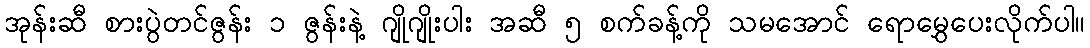
အုန်းဆီ စားပွဲတင်ဇွန်း ၁ ဇွန်းနဲ့ ဂျိုဂျိုးပါး အဆီ ၅ စက်ခန့်ကို သမအောင် ရောမွှေပေးလိုက်ပါ။